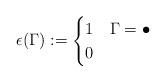
LaTeX: \begin{align*}\epsilon(\Gamma):=\begin{cases}1 & \Gamma=\bullet\\0 &\end{cases}\end{align*}